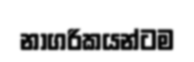
නාගරිකයන්ටම